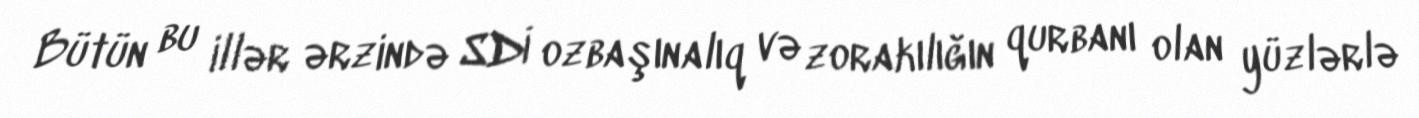
Bütün bu illər ərzində SDİ ozbaşınalıq və zorakılığın qurbanı olan yüzlərlə